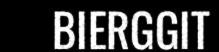
BIERGGIT